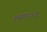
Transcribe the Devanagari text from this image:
ज्यूवादाची